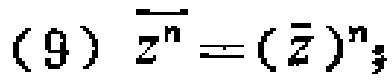
(9) $\overline{z^{n}} = (\overline{z})^{n}$;